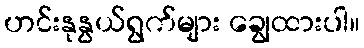
ဟင်းနုနွယ်ရွက်များ ချွေထားပါ။